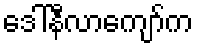
ဒေါ်နီလာကျော်က